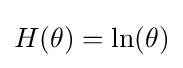
H(\theta )=\ln(\theta )